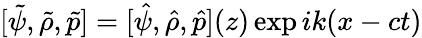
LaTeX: [\tilde{\psi},\tilde{\rho},\tilde{p}]=[\hat{\psi},\hat{\rho},\hat{p}](z)\exp ik(x-ct)